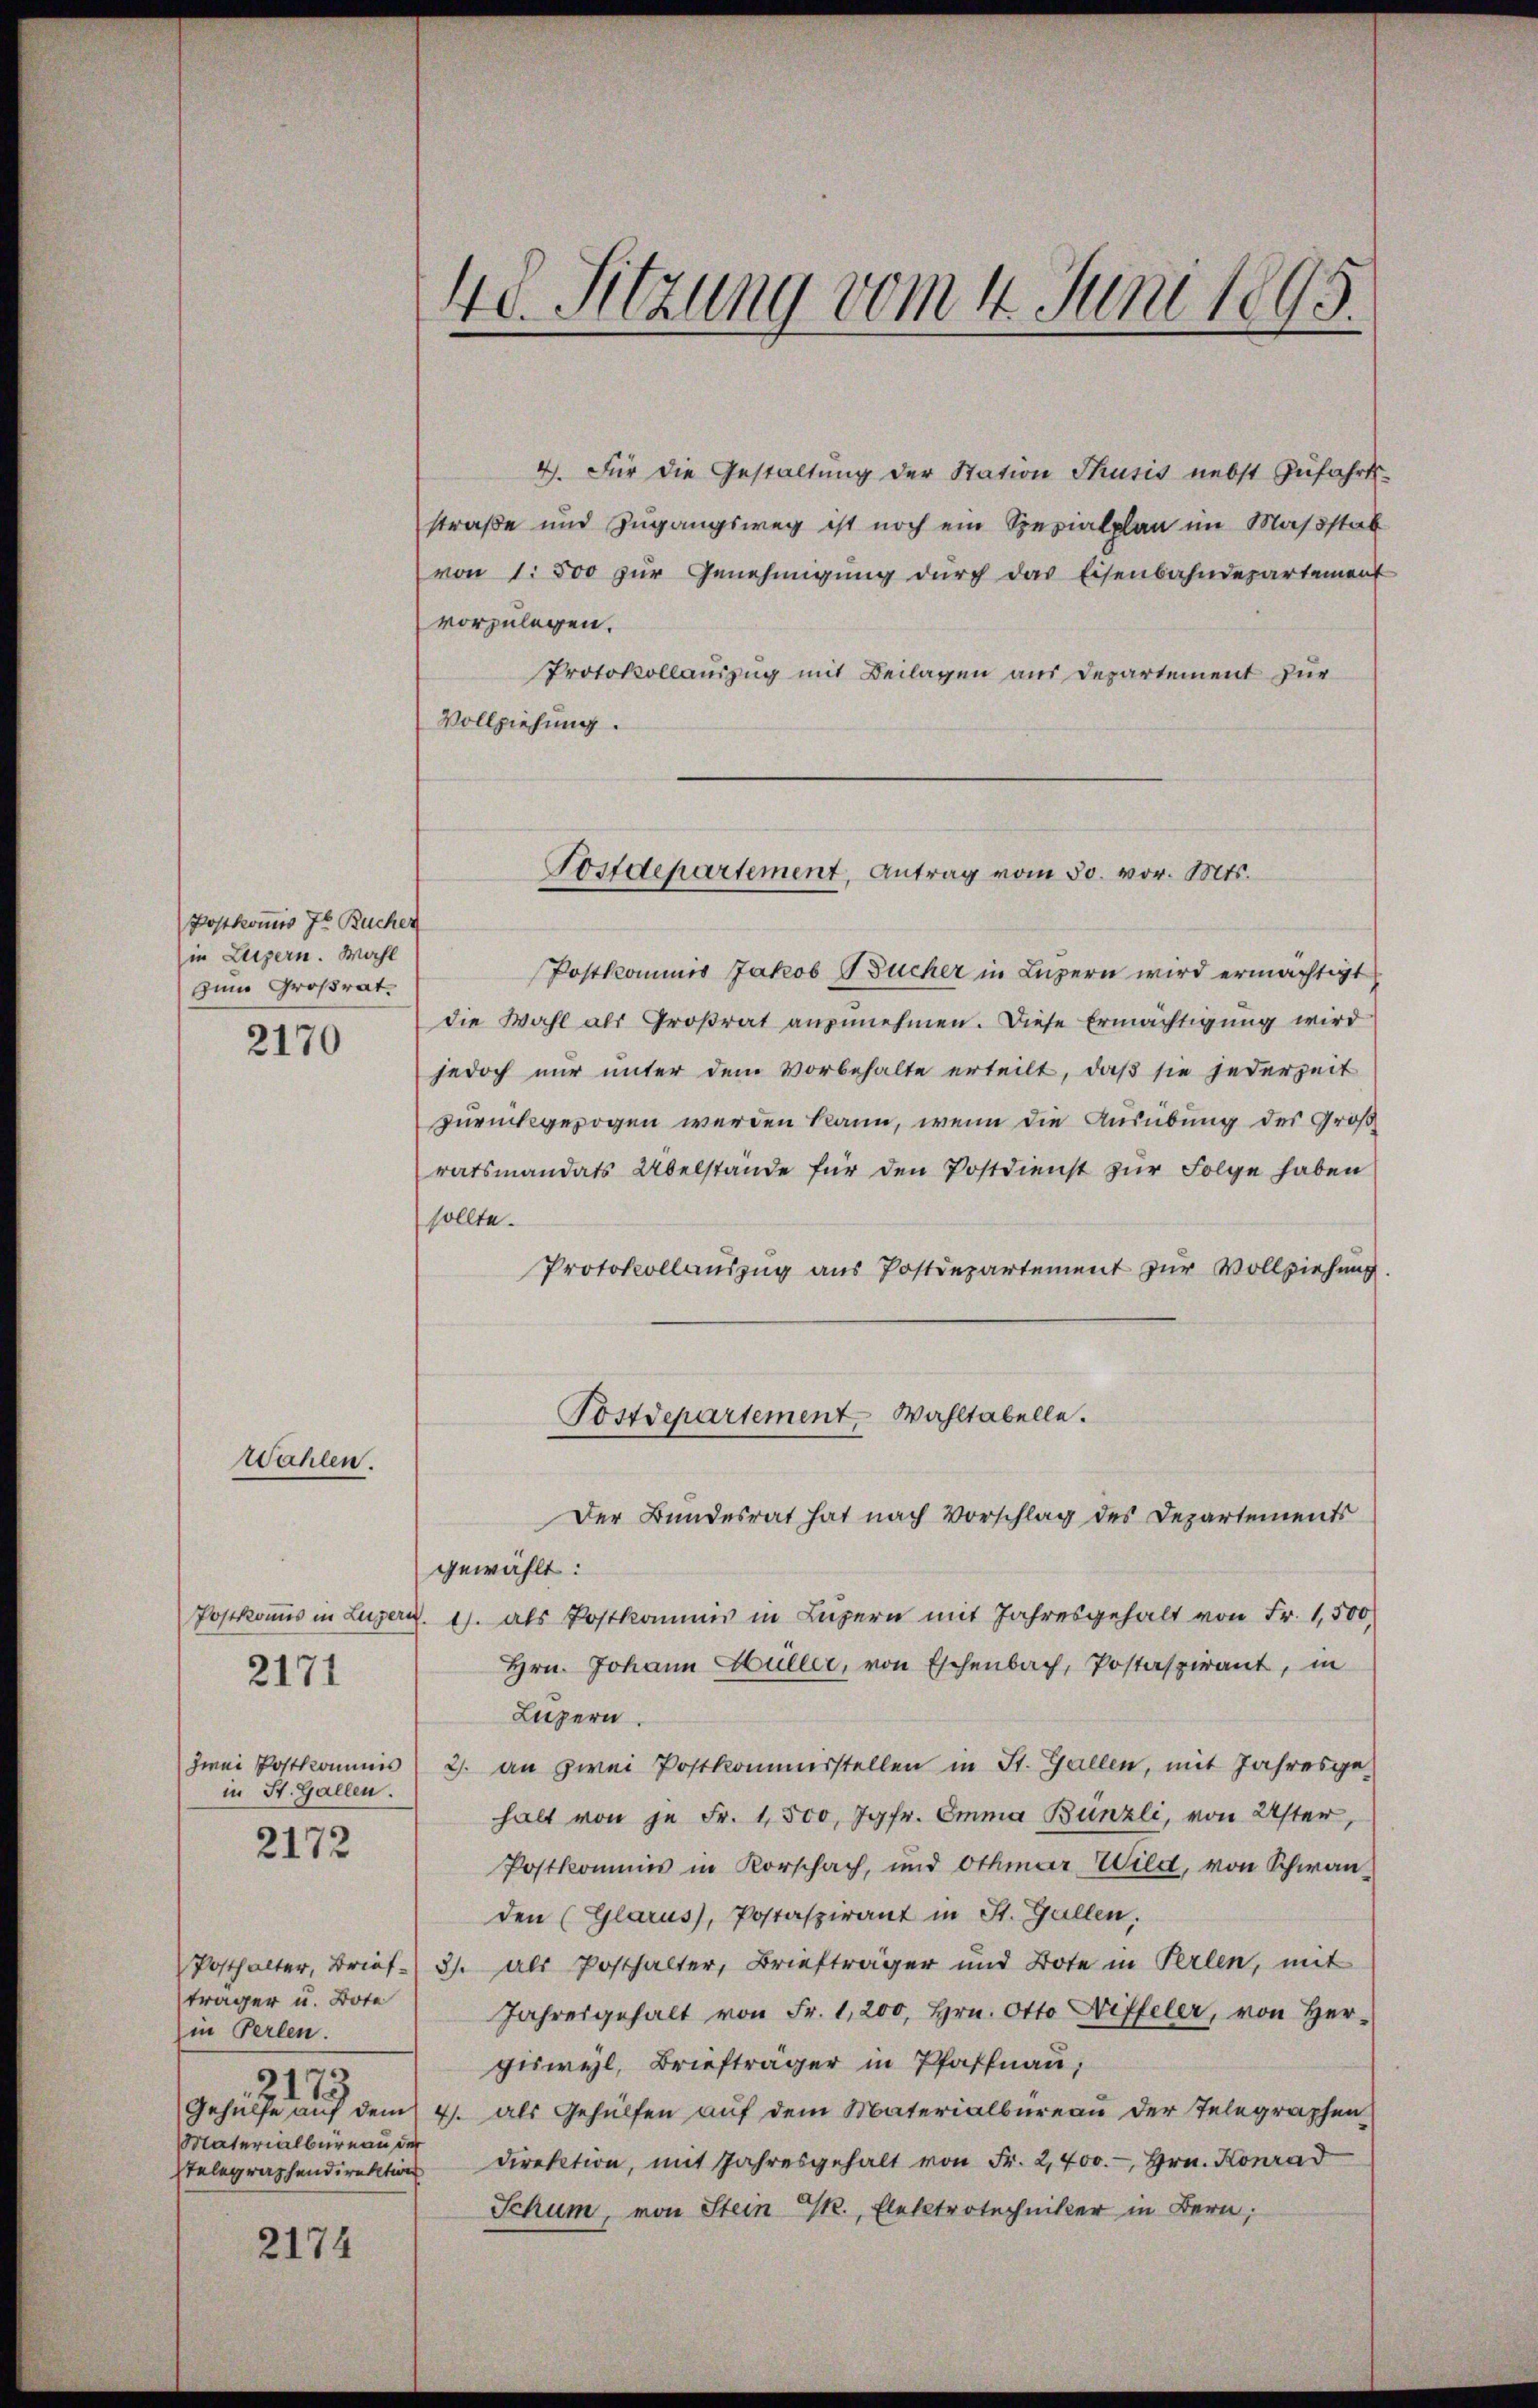
Postkomis 7 Bucher
in Luzern. Wahl
zum Großrat.

2170

Wählen.

Postkommis in Luzern
zwei Postkommis
in St. Gallen.
2172

2171

4). Für die Gestaltung der Station Thusis nebst Zŭfahrts-
straße und Zugangsweg ist noch ein Spezialplan im Maßstab
von 1. 500 zŭr Genehmigŭng dŭrch das Eisenbahndepartement
vorzulegen.
Protokollauszug mit Beilagen aus Departement für
Vollziehung.

träger u. Bote
in Perlen.
e
311
Materialbureau der
Telegraphendirektion

2174

48. Sitzung vom 4. Juni 1895.

Postdepartement, Antrag vom 30. vor. Mts.

Postkommis Jakob Bücher in Luzern wird ermächtigt
die Wahl als Großrat anzunehmen. Diese Ermächtigung wird
jedoch nur unter dem Vorbehalte erteilt, daß sie jederzeit
zurückgezogen werden kann, wenn die Ausübung des Groß
ratsmandats Übelstände für den Postdienst zur Folge haben
sollte.
Protokollauszug aus Postdepartement zur Vollziehung.
Postdepartement. Wahltabelle.

Der Bundesrat hat nach Vorschlag des Departements
gewählt:
Z. 1. als Postkommis in Luzern mit Jahresgehalt von Fr. 1,500,
Hrn. Johann Hüller, von Eschenbach, Postaspirant, in
Luzern.
2. an zwei Postkommisstellen in St. Gallen, mit Jahresgehalt von je Fr. 1500, Jgfr. Emma Bünzli, von Uster,
Postkommis in Korschach, und Othmar Wild, von Schwan-
den (Glarus, Postaspirant in St. Gallen,
Posthalter, Brief 3. als Posthalter, Briefträger und Bote in Perlen, mit
Jahresgehalt von Fr. 1,200, Hrn. Otto Diffeler, von Her-
giswyl, Briefträger in Pfaffnau,
Gehülfe auf dem 4. als Gehülfen auf dem Materialbureau der Telegraphen
direktion, mit Jahresgehalt von Fr. 2,700.- Hrn. Konrad
Schum, von Stein P., Elektrotechniker in Bern,